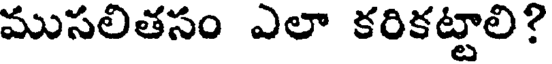
ముసలితసం ఎలా కరికట్టాలి?